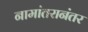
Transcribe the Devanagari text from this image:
नामांतरानंतर